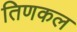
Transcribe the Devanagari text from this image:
तिणकल